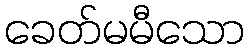
ခေတ်မမီသော